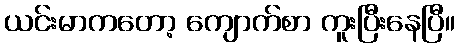
ယင်းမာကတော့ ကျောက်စာ ကူးပြီးနေပြီ။